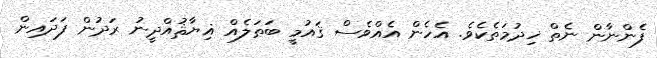
ފެންނާން ނެތް ޚިދުމަތެކެވެ. އެހެން އެއްވެސް ޤައުމީ ބަޠަލެއް ޣިޔާޘުއްދީނު ރަދުން ފަދައިން